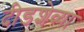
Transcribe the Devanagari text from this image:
दीडशेव्या